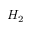
H _ { 2 }